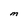
Character: M